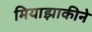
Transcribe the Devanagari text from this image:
मियाझाकीने